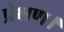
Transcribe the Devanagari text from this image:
प्रेक्षण।